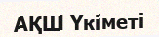
АҚШ Үкіметі